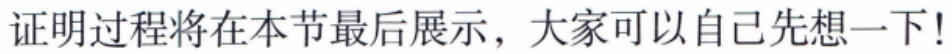
证明过程将在本节最后展示，大家可以自己先想一下!